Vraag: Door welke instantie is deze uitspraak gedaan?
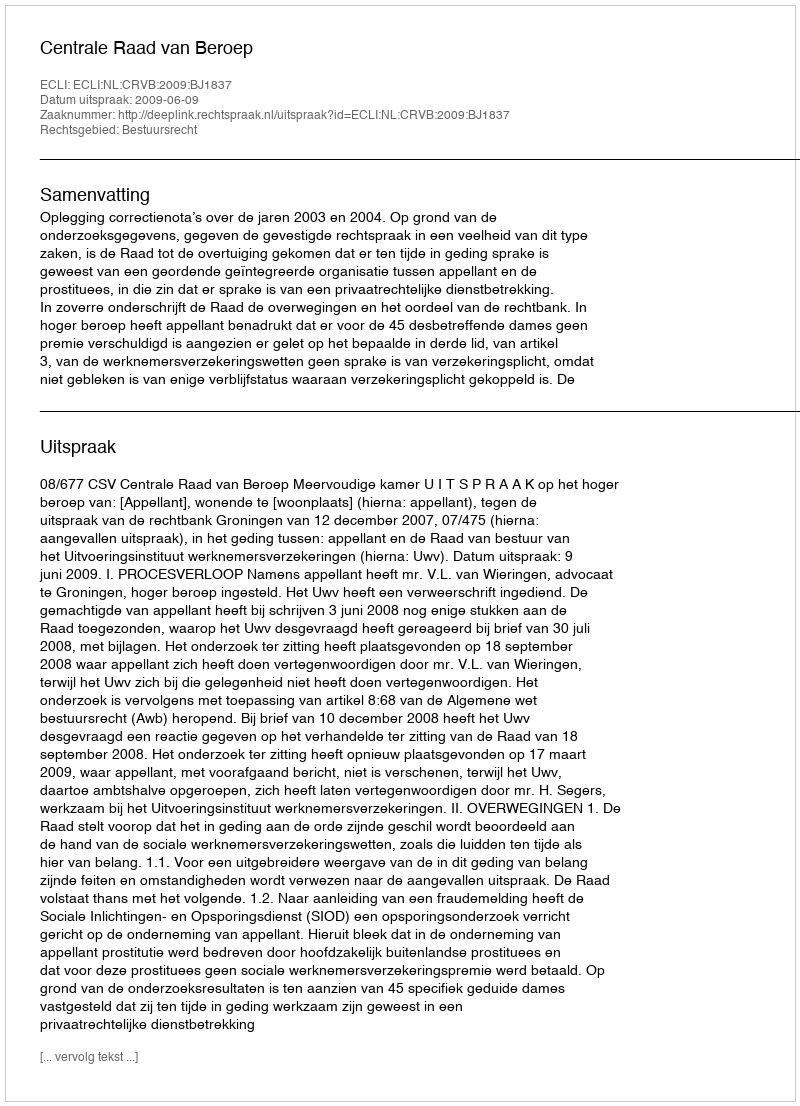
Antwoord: Centrale Raad van Beroep